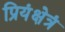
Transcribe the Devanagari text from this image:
प्रियंक्षेत्रं